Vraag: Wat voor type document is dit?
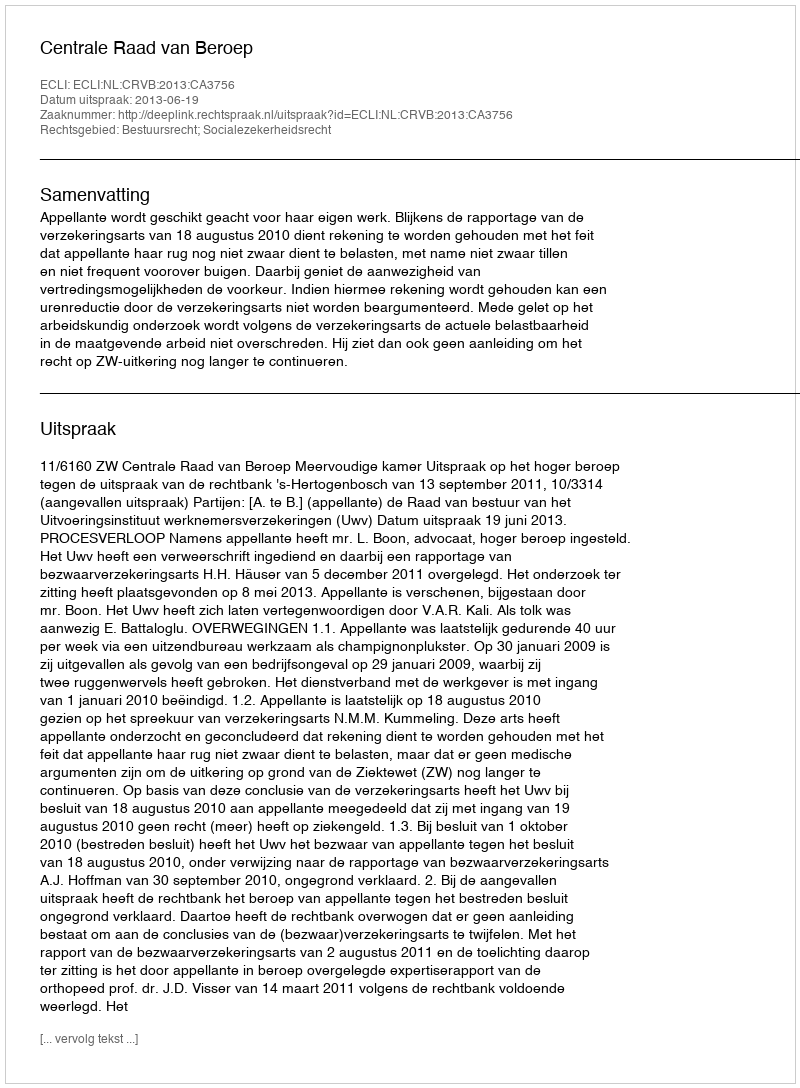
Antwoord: Uitspraak